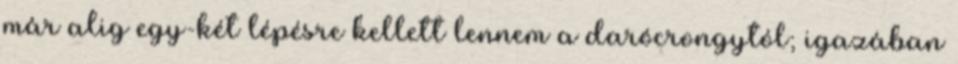
már alig egy-két lépésre kellett lennem a darócrongytól; igazában